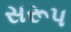
સરૂપ